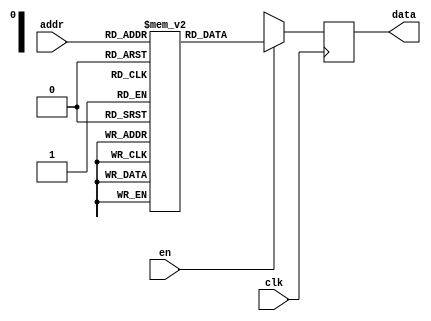
`timescale 1ns / 1ps
//////////////////////////////////////////////////////////////////////////////////
// Company: 
// 
// Design Name: 4x16 ROM 
// Module Name: rom
// Project Name: 
// Target Devices: 
// Tool Versions: 
// Description: 
// 
// Dependencies: 
// 
// Revision:
// Revision 0.01 - File Created
// Additional Comments:
// 
//////////////////////////////////////////////////////////////////////////////////


module rom(
    input clk,
    input en,
    input [3:0] addr,
    output reg [3:0] data
);

    reg [3:0] mem [15:0];

    always @(posedge clk) begin
        if (en)
            data <= mem[addr];
        else
            data <= 4'bxxxx;
    end

    initial begin
        mem[0] = 4'b0010;
        mem[1] = 4'b0010;
        mem[2] = 4'b1110;
        mem[3] = 4'b0010;
        mem[4] = 4'b0100;
        mem[5] = 4'b1010;
        mem[6] = 4'b1100;
        mem[7] = 4'b0000;
        mem[8] = 4'b1010;
        mem[9] = 4'b0010;
        mem[10] = 4'b1110;
        mem[11] = 4'b0010;
        mem[12] = 4'b0100;
        mem[13] = 4'b1010;
        mem[14] = 4'b1100;
        mem[15] = 4'b0000;
    end

endmodule